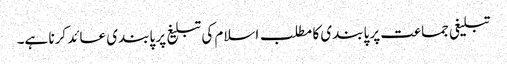
تبلیغی جماعت پر پابندی کا مطلب اسلام کی تبلیغ پر پابندی عائد کرنا ہے۔